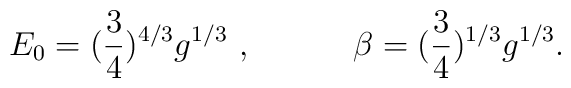
E_0 = ({3 \over 4})^{4/3} g^{1/3} ~,  \hspace{.5in}   \beta = ({3 \over4})^{1/3} g^{1/3} .